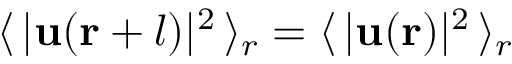
\langle \, \lvert \mathbf { u ( r } + \boldsymbol { l } ) \rvert ^ { 2 } \, \rangle _ { r } = \langle \, \lvert \mathbf { u ( r ) } \rvert ^ { 2 } \, \rangle _ { r }